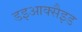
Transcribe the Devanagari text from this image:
डइआक्सैइड